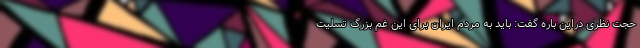
حجت نظری دراین باره گفت: باید به مردم ایران برای این غم بزرگ تسلیت